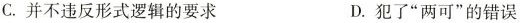
C.并不违反形式逻辑的要求 D.犯了”两可”的错误